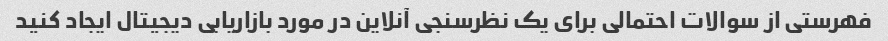
فهرستی از سوالات احتمالی برای یک نظرسنجی آنلاین در مورد بازاریابی دیجیتال ایجاد کنید